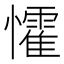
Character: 𭟙